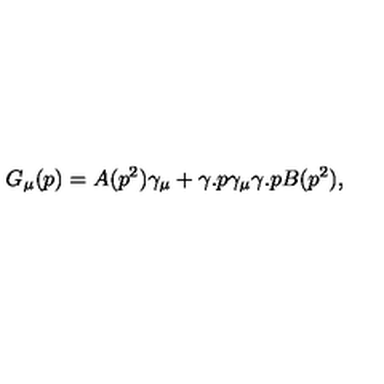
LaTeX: G _ { \mu } ( p ) = A ( p ^ { 2 } ) \gamma _ { \mu } + \gamma . p \gamma _ { \mu } \gamma . p B ( p ^ { 2 } ) ,